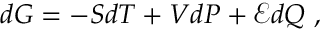
d G = - S d T + V d P + { \mathcal { E } } d Q \ ,